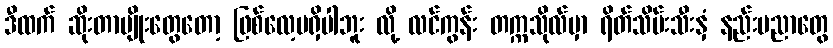
ဒီထက် ဆိုးတာမျိုးတွေတော့ ဖြစ်လေ့မရှိပါဘူး လို့ လင်ကွန်း တက္ကသိုလ်မှာ ရိတ်သိမ်းသီးနှံ နည်းပညာတွေ